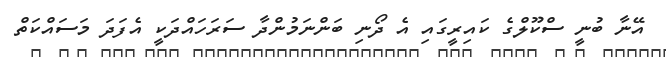
އޭނާ ބުނީ ސްކޫލްގެ ކައިރީގައި އެ ދޯނި ބަންނަމުންދާ ސަރަހައްދަކީ އެފަދަ މަސައްކަތް